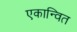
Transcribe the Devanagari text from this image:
एकान्वित